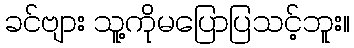
ခင်ဗျား သူ့ကိုမပြောပြသင့်ဘူး။